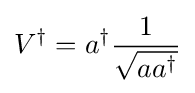
V^{\dagger }=a^{\dagger }{\frac {1}{\sqrt {aa^{\dagger }}}}